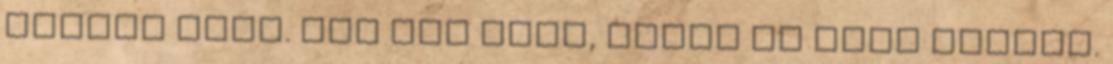
Nagyra nőtt. Nem cél volt, hanem ez lett belőle.